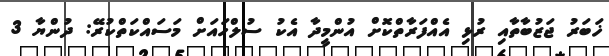
ޚަބަރު ޖަޒުބާތާއި ރުޅި އެއްފަރާތްކޮށް އުންމީދާ އެކު ސުލްހައަށް މަސައްކަތްކުރޭ: ދުންޔާ 3